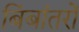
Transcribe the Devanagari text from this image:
बिंबांतरों